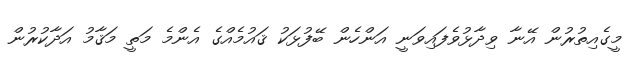
މީގެއިތުރުން އޭނާ ވިދާޅުވެފައިވަނީ އަންހެން ބޭފުޅަކު ޤައުމެއްގެ އެންމެ މަތީ މަޤާމު އަދާކުރުން